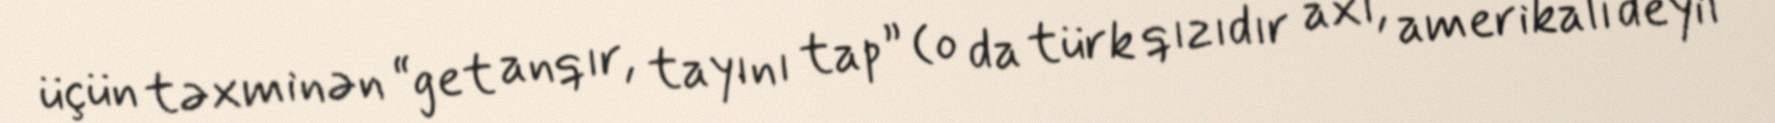
üçün təxminən “get anqır, tayını tap” (o da türk qızıdır axı, amerikalı deyil